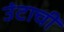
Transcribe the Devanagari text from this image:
उंटाची